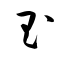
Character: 玉